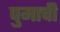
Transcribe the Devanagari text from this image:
पुमाची